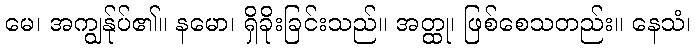
မေ၊ အကျွန်ုပ်၏။ နမော၊ ရှိခိုးခြင်းသည်။ အတ္ထု၊ ဖြစ်စေသတည်း။ နေသံ၊